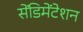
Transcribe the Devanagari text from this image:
सेंडिमेंटेशन